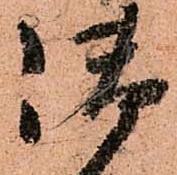
御